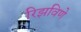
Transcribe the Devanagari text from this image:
रिझविणे